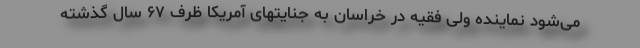
می‌شود نماینده ولی فقیه در خراسان به جنایتهای آمریکا ظرف ۶۷ سال گذشته